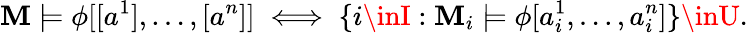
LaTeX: \mathbf{M}\models\phi[[a^{1}],\ldots,[a^{n}]]\iff\{ i\inI:\mathbf{M}_{i}\models\phi[a_{i}^{1},\ldots,a_{i}^{n}]\} \inU.